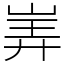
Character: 㟖